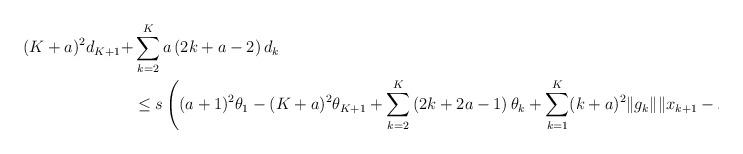
LaTeX: \begin{align*}(K+a)^2 d_{K+1} + & \sum_{k=2}^{K}a\left( 2k +a -2\right)d_k \\&\leq s \left( (a+1)^2 \theta_1 - (K+a)^2 \theta_{K+1} +\sum_{k=2}^{K}\left( 2k +2a -1 \right)\theta_k +\sum_{k=1}^{K}(k + a)^2 \| g_k\| \| x_{k+1}-x_k \| \right) .\end{align*}